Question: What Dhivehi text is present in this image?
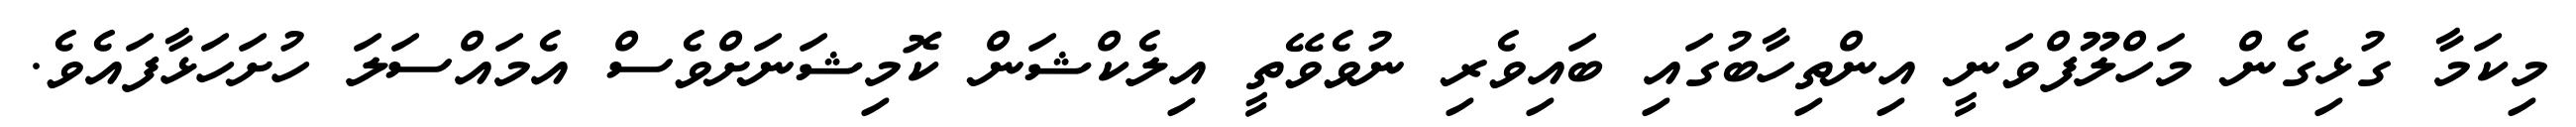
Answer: މިކަމާ ގުޅިގެން މަހްލޫފްވަނީ އިންތިހާބުގައި ބައިވެރި ނުވެވޭތީ އިލެކްޝަން ކޮމިޝަނަށްވެސް އެމައްސަލަ ހުށަހަޅާފައެވެ.